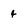
Character: 4